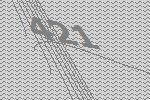
421